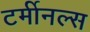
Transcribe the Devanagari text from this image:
टर्मीनल्स